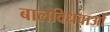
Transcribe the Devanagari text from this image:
बालविधवाओं